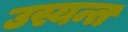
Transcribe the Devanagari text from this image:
उस्यन्त